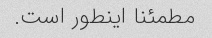
مطمئنا اینطور است.